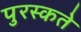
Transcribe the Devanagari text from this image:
पुरस्कते